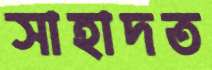
সাহাদত